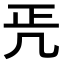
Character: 𠙁